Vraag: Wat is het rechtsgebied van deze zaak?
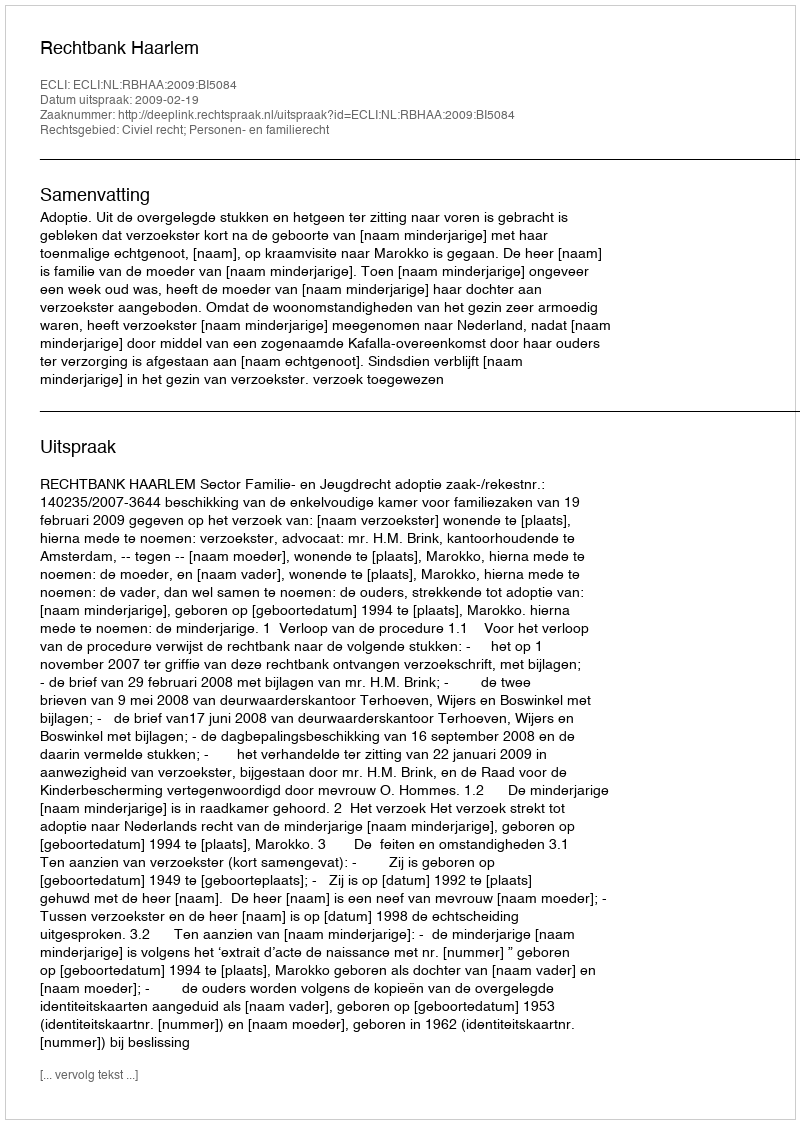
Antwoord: Civiel recht; Personen- en familierecht